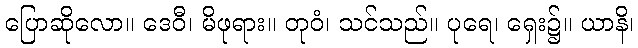
ပြောဆိုလော။ ဒေဝီ၊ မိဖုရား။ တုဝံ၊ သင်သည်။ ပုရေ၊ ရှေး၌။ ယာနိ၊